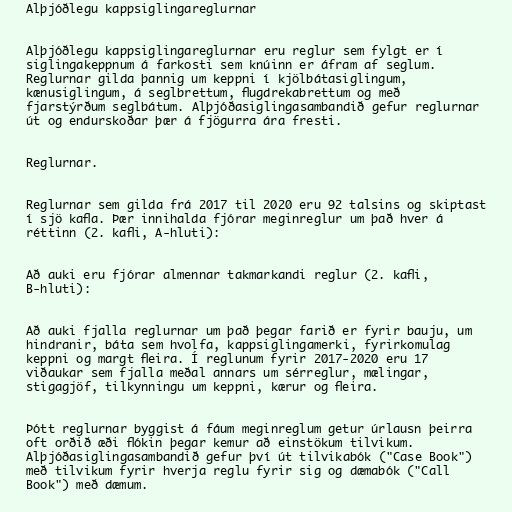
Alþjóðlegu kappsiglingareglurnar

Alþjóðlegu kappsiglingareglurnar eru reglur sem fylgt er í
siglingakeppnum á farkosti sem knúinn er áfram af seglum.
Reglurnar gilda þannig um keppni í kjölbátasiglingum,
kænusiglingum, á seglbrettum, flugdrekabrettum og með
fjarstýrðum seglbátum. Alþjóðasiglingasambandið gefur reglurnar
út og endurskoðar þær á fjögurra ára fresti.

Reglurnar.

Reglurnar sem gilda frá 2017 til 2020 eru 92 talsins og skiptast
í sjö kafla. Þær innihalda fjórar meginreglur um það hver á
réttinn (2. kafli, A-hluti):

Að auki eru fjórar almennar takmarkandi reglur (2. kafli,
B-hluti):

Að auki fjalla reglurnar um það þegar farið er fyrir bauju, um
hindranir, báta sem hvolfa, kappsiglingamerki, fyrirkomulag
keppni og margt fleira. Í reglunum fyrir 2017-2020 eru 17
viðaukar sem fjalla meðal annars um sérreglur, mælingar,
stigagjöf, tilkynningu um keppni, kærur og fleira.

Þótt reglurnar byggist á fáum meginreglum getur úrlausn þeirra
oft orðið æði flókin þegar kemur að einstökum tilvikum.
Alþjóðasiglingasambandið gefur því út tilvikabók ("Case Book")
með tilvikum fyrir hverja reglu fyrir sig og dæmabók ("Call
Book") með dæmum.